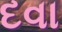
દવા